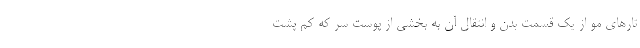
تارهای مو از یک قسمت بدن و انتقال آن به بخشی از پوست سر که کم پشت